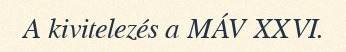
A kivitelezés a MÁV XXVI.